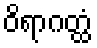
ဝိရာဂတ္ထံ